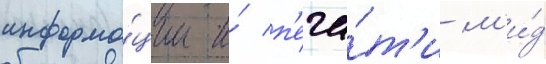
информа́ции и́ п'еча́т'и м'и́д